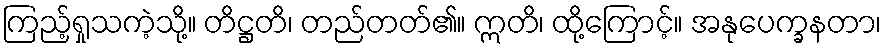
ကြည့်ရှုသကဲ့သို့။ တိဋ္ဌတိ၊ တည်တတ်၏။ ဣတိ၊ ထို့ကြောင့်။ အနုပေက္ခနတာ၊